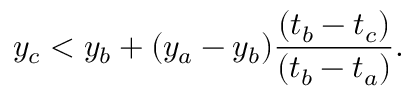
y _ { c } < y _ { b } + ( y _ { a } - y _ { b } ) \frac { ( t _ { b } - t _ { c } ) } { ( t _ { b } - t _ { a } ) } .